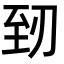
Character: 䑒